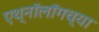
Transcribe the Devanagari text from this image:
एथ्नॉलॉगच्या